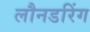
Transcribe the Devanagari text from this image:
लौनडरिंग